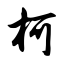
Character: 柯